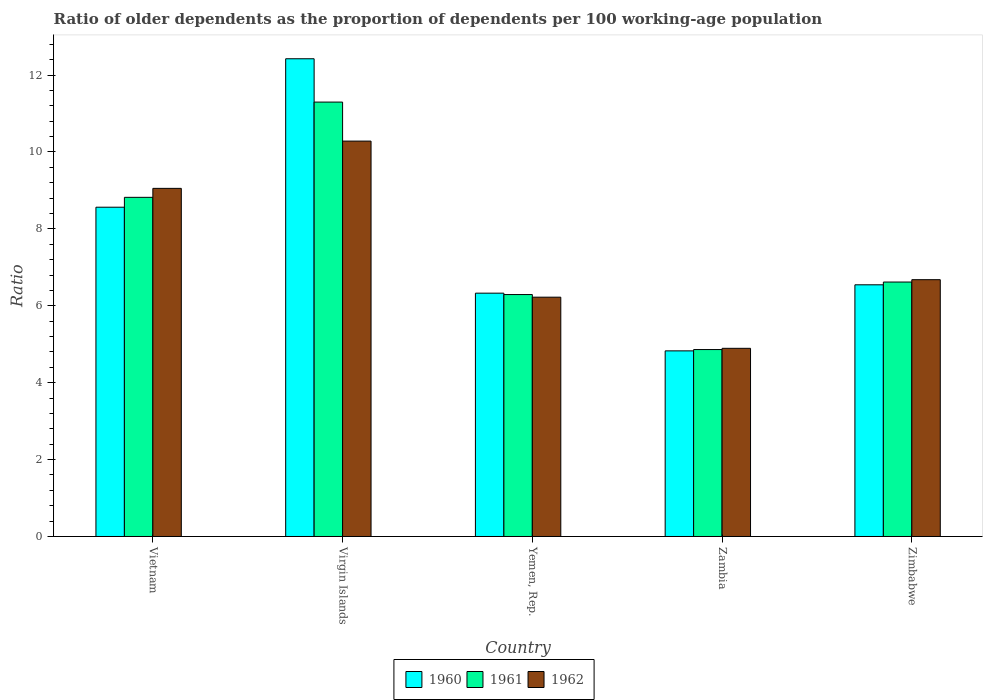
| Country | 1960 | 1961 | 1962 |
 | --- | --- | --- | --- |
 | Vietnam | 8.56 | 8.82 | 9.05 |
 | Virgin Islands | 12.4 | 11.3 | 10.3 |
 | Yemen, Rep. | 6.33 | 6.29 | 6.22 |
 | Zambia | 4.83 | 4.86 | 4.89 |
 | Zimbabwe | 6.55 | 6.62 | 6.68 |